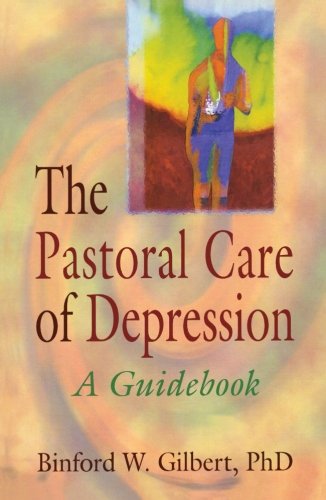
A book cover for The Pastoral Care of Depression: A Guidebook (Haworth Religion and Mental Health); Harold G Koenig; Christian Books & Bibles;